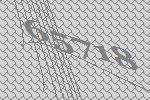
65718